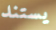
يستند